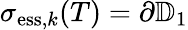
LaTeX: \sigma_{\mathrm{ess},k}(T)=\partial\mathbb{D}_{1}